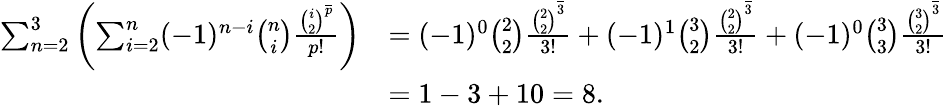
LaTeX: \begin{array}{rl}{\sum_{n=2}^{3}\left(\sum_{i=2}^{n}(-1)^{n-i}\binom{n}{i}\frac{\binom{i}{2}^{\overline{{p}}}}{p!}\right)}&{=(-1)^{0}\binom{2}{2}\frac{\binom{2}{2}^{\overline{{3}}}}{3!}+(-1)^{1}\binom{3}{2}\frac{\binom{2}{2}^{\overline{{3}}}}{3!}+(-1)^{0}\binom{3}{3}\frac{\binom{3}{2}^{\overline{{3}}}}{3!}}\\ &{=1-3+10=8.}\end{array}